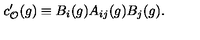
c _ { { \cal O } } ^ { \prime } ( g ) \equiv B _ { i } ( g ) A _ { i j } ( g ) B _ { j } ( g ) .